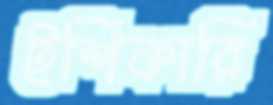
ইশিকারি